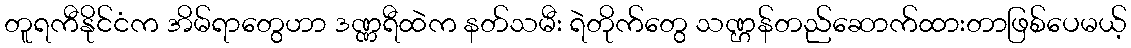
တူရကီနိုင်ငံက အိမ်ရာတွေဟာ ဒဏ္ဏရီထဲက နတ်သမီး ရဲတိုက်တွေ သဏ္ဌန်တည်ဆောက်ထားတာဖြစ်ပေမယ့်